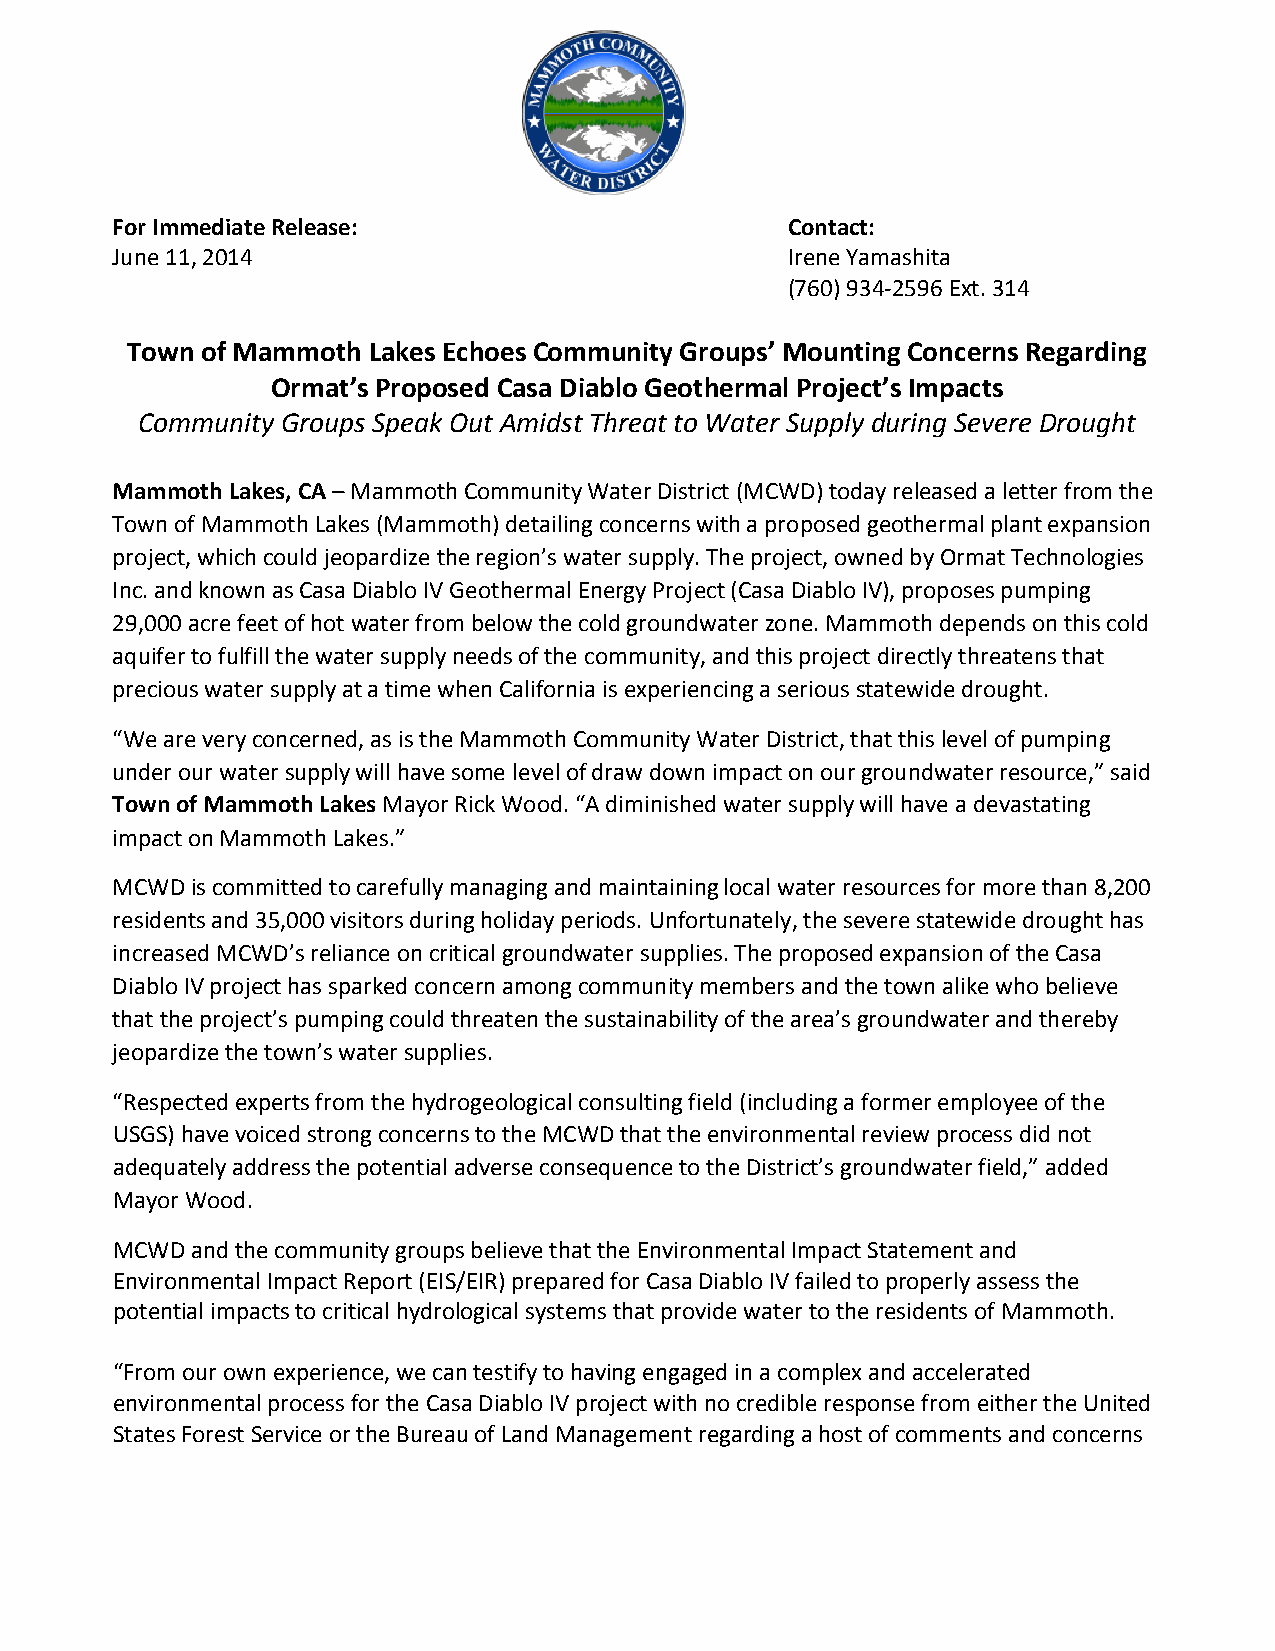
For Immediate Release:                       Contact:
 June 11, 2014                                Irene Yamashita
 (760) 934-2596 Ext. 314
 Town of Mammoth Lakes Echoes Community Groups’ Mounting Concerns Regarding
 Ormat’s Proposed Casa Diablo Geothermal Project’s Impacts
 Community Groups Speak Out Amidst Threat to Water Supply during Severe Drought
 Mammoth Lakes, CA – Mammoth Community Water District (MCWD) today released a letter from the
 Town of Mammoth Lakes (Mammoth) detailing concerns with a proposed geothermal plant expansion
 project, which could jeopardize the region’s water supply. The project, owned by Ormat Technologies
 Inc. and known as Casa Diablo IV Geothermal Energy Project (Casa Diablo IV), proposes pumping
 29,000 acre feet of hot water from below the cold groundwater zone. Mammoth depends on this cold
 aquifer to fulfill the water supply needs of the community, and this project directly threatens that
 precious water supply at a time when California is experiencing a serious statewide drought.
 “We are very concerned, as is the Mammoth Community Water District, that this level of pumping
 under our water supply will have some level of draw down impact on our groundwater resource,” said
 Town of Mammoth Lakes Mayor Rick Wood. “A diminished water supply will have a devastating
 impact on Mammoth Lakes.”
 MCWD  is committed to carefully managing and maintaining local water resources for more than 8,200
 residents and 35,000 visitors during holiday periods. Unfortunately, the severe statewide drought has
 increased MCWD’s reliance on critical groundwater supplies. The proposed expansion of the Casa
 Diablo IV project has sparked concern among community members and the town alike who believe
 that the project’s pumping could threaten the sustainability of the area’s groundwater and thereby
 jeopardize the town’s water supplies.
 “Respected experts from the hydrogeological consulting field (including a former employee of the
 USGS) have voiced strong concerns to the MCWD that the environmental review process did not
 adequately address the potential adverse consequence to the District’s groundwater field,” added
 Mayor Wood.
 MCWD  and the community groups believe that the Environmental Impact Statement and
 Environmental Impact Report (EIS/EIR) prepared for Casa Diablo IV failed to properly assess the
 potential impacts to critical hydrological systems that provide water to the residents of Mammoth.
 “From our own experience, we can testify to having engaged in a complex and accelerated
 environmental process for the Casa Diablo IV project with no credible response from either the United
 States Forest Service or the Bureau of Land Management regarding a host of comments and concerns